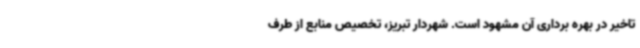
تاخیر در بهره برداری آن مشهود است. شهردار تبریز، تخصیص منابع از طرف